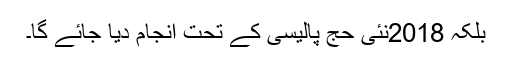
بلکہ 2018نئی حج پالیسی کے تحت انجام دیا جائے گا۔